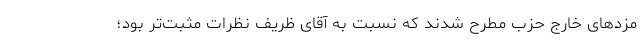
مزدهای خارج حزب مطرح شدند که نسبت به آقای ظریف نظرات مثبت‌تر بود؛